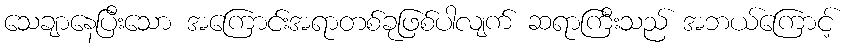
သေချာနေပြီးသော အကြောင်းအရာတစ်ခုဖြစ်ပါလျက် ဆရာကြီးသည် အဘယ်ကြောင့်